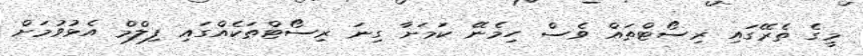
މީގެ ތެރޭގައި ރިސޯޓްތައް ވެސް ހިމެނޭ ކަމަށާ ގިނަ ރިސޯޓްތަކެއްގައި ފިލްމް އެޅުވުމަށް